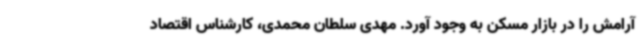
آرامش را در بازار مسکن به وجود آورد. مهدی سلطان محمدی، کارشناس اقتصاد